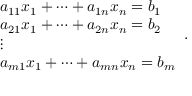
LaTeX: { \begin{array} { l } { a _ { 1 1 } x _ { 1 } + \cdots + a _ { 1 n } x _ { n } = b _ { 1 } } \\ { a _ { 2 1 } x _ { 1 } + \cdots + a _ { 2 n } x _ { n } = b _ { 2 } } \\ { \vdots } \\ { a _ { m 1 } x _ { 1 } + \cdots + a _ { m n } x _ { n } = b _ { m } } \end{array} } .